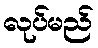
လုပ်မည်